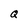
Character: Q